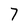
Character: 7